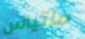
ماتياس